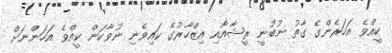
ކީއްވެ އަހަރެންގެ ގާތު ނުބުނީ ރީޝާއާއި އިޒްހާރުގެ ކައިވެނި ނުވާކަން ކީއްވެ އަހަންނަށް